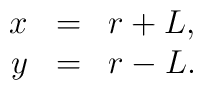
\begin{array}{rcl}x&=&r+L,\\y&=&r-L.\end{array}